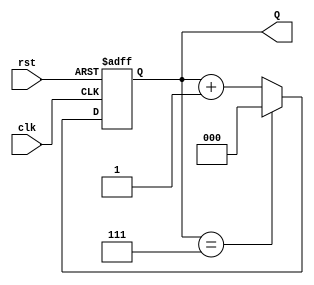
module binary_up_counter #(
    parameter N = 3  // Number of bits for the counter
)(
    input wire clk,   // Clock signal
    input wire rst,   // Asynchronous reset signal
    output reg [N-1:0] Q  // Counter output
);

// Always block triggered on the rising edge of the clock
always @(posedge clk or posedge rst) begin
    if (rst) begin
        // If reset is asserted, set count to 0
        Q <= 0;
    end else begin
        // Increment the counter
        if (Q == (2**N - 1)) begin
            // If maximum value is reached, wrap around to 0
            Q <= 0;
        end else begin
            // Otherwise, increment the counter
            Q <= Q + 1;
        end
    end
end

endmodule